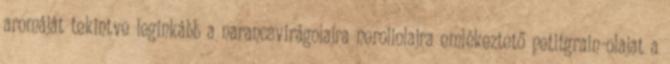
aromáját tekintve leginkább a narancsvirágolajra neroliolajra emlékeztető petitgrain-olajat a